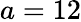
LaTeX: a=12